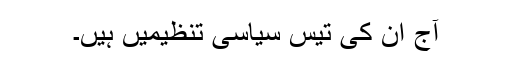
آج اُن کی تیس سیاسی تنظیمیں ہیں۔